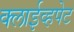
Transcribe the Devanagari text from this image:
क्लाईव्हपेट